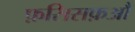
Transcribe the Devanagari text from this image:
फ़सिसफ़औ